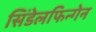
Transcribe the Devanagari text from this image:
सिंडेलफिन्गेन